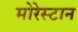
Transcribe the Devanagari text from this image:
मोरेस्टान